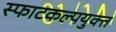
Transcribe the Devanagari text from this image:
स्फाटकल्पयुक्त